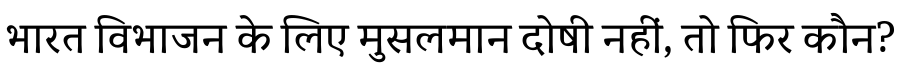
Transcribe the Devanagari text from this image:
भारत विभाजन के लिए मुसलमान दोषी नहीं, तो फिर कौन?